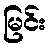
မြင်း